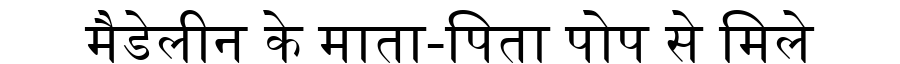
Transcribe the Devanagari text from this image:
मैडेलीन के माता-पिता पोप से मिले